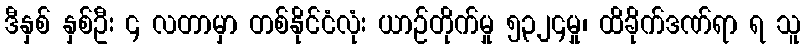
ဒီနှစ် နှစ်ဦး ၄ လတာမှာ တစ်နိုင်ငံလုံး ယာဉ်တိုက်မှု ၅၃၂၄မှု၊ ထိခိုက်ဒဏ်ရာ ရ သူ